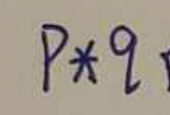
$P * q$